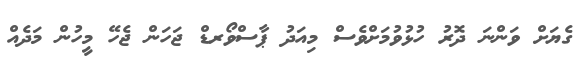
ގެޔަށް ވަންނަ ދޮރު ހުޅުވުމަށްވެސް މިއަދު ޕާސްވޯރޑް ޖަހަން ޖެހޭ މީހުން މަދެއް